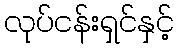
လုပ်ငန်းရှင်နှင့်